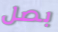
بصل